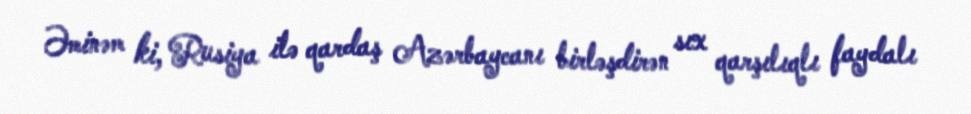
Əminəm ki, Rusiya ilə qardaş Azərbaycanı birləşdirən sıx qarşılıqlı faydalı